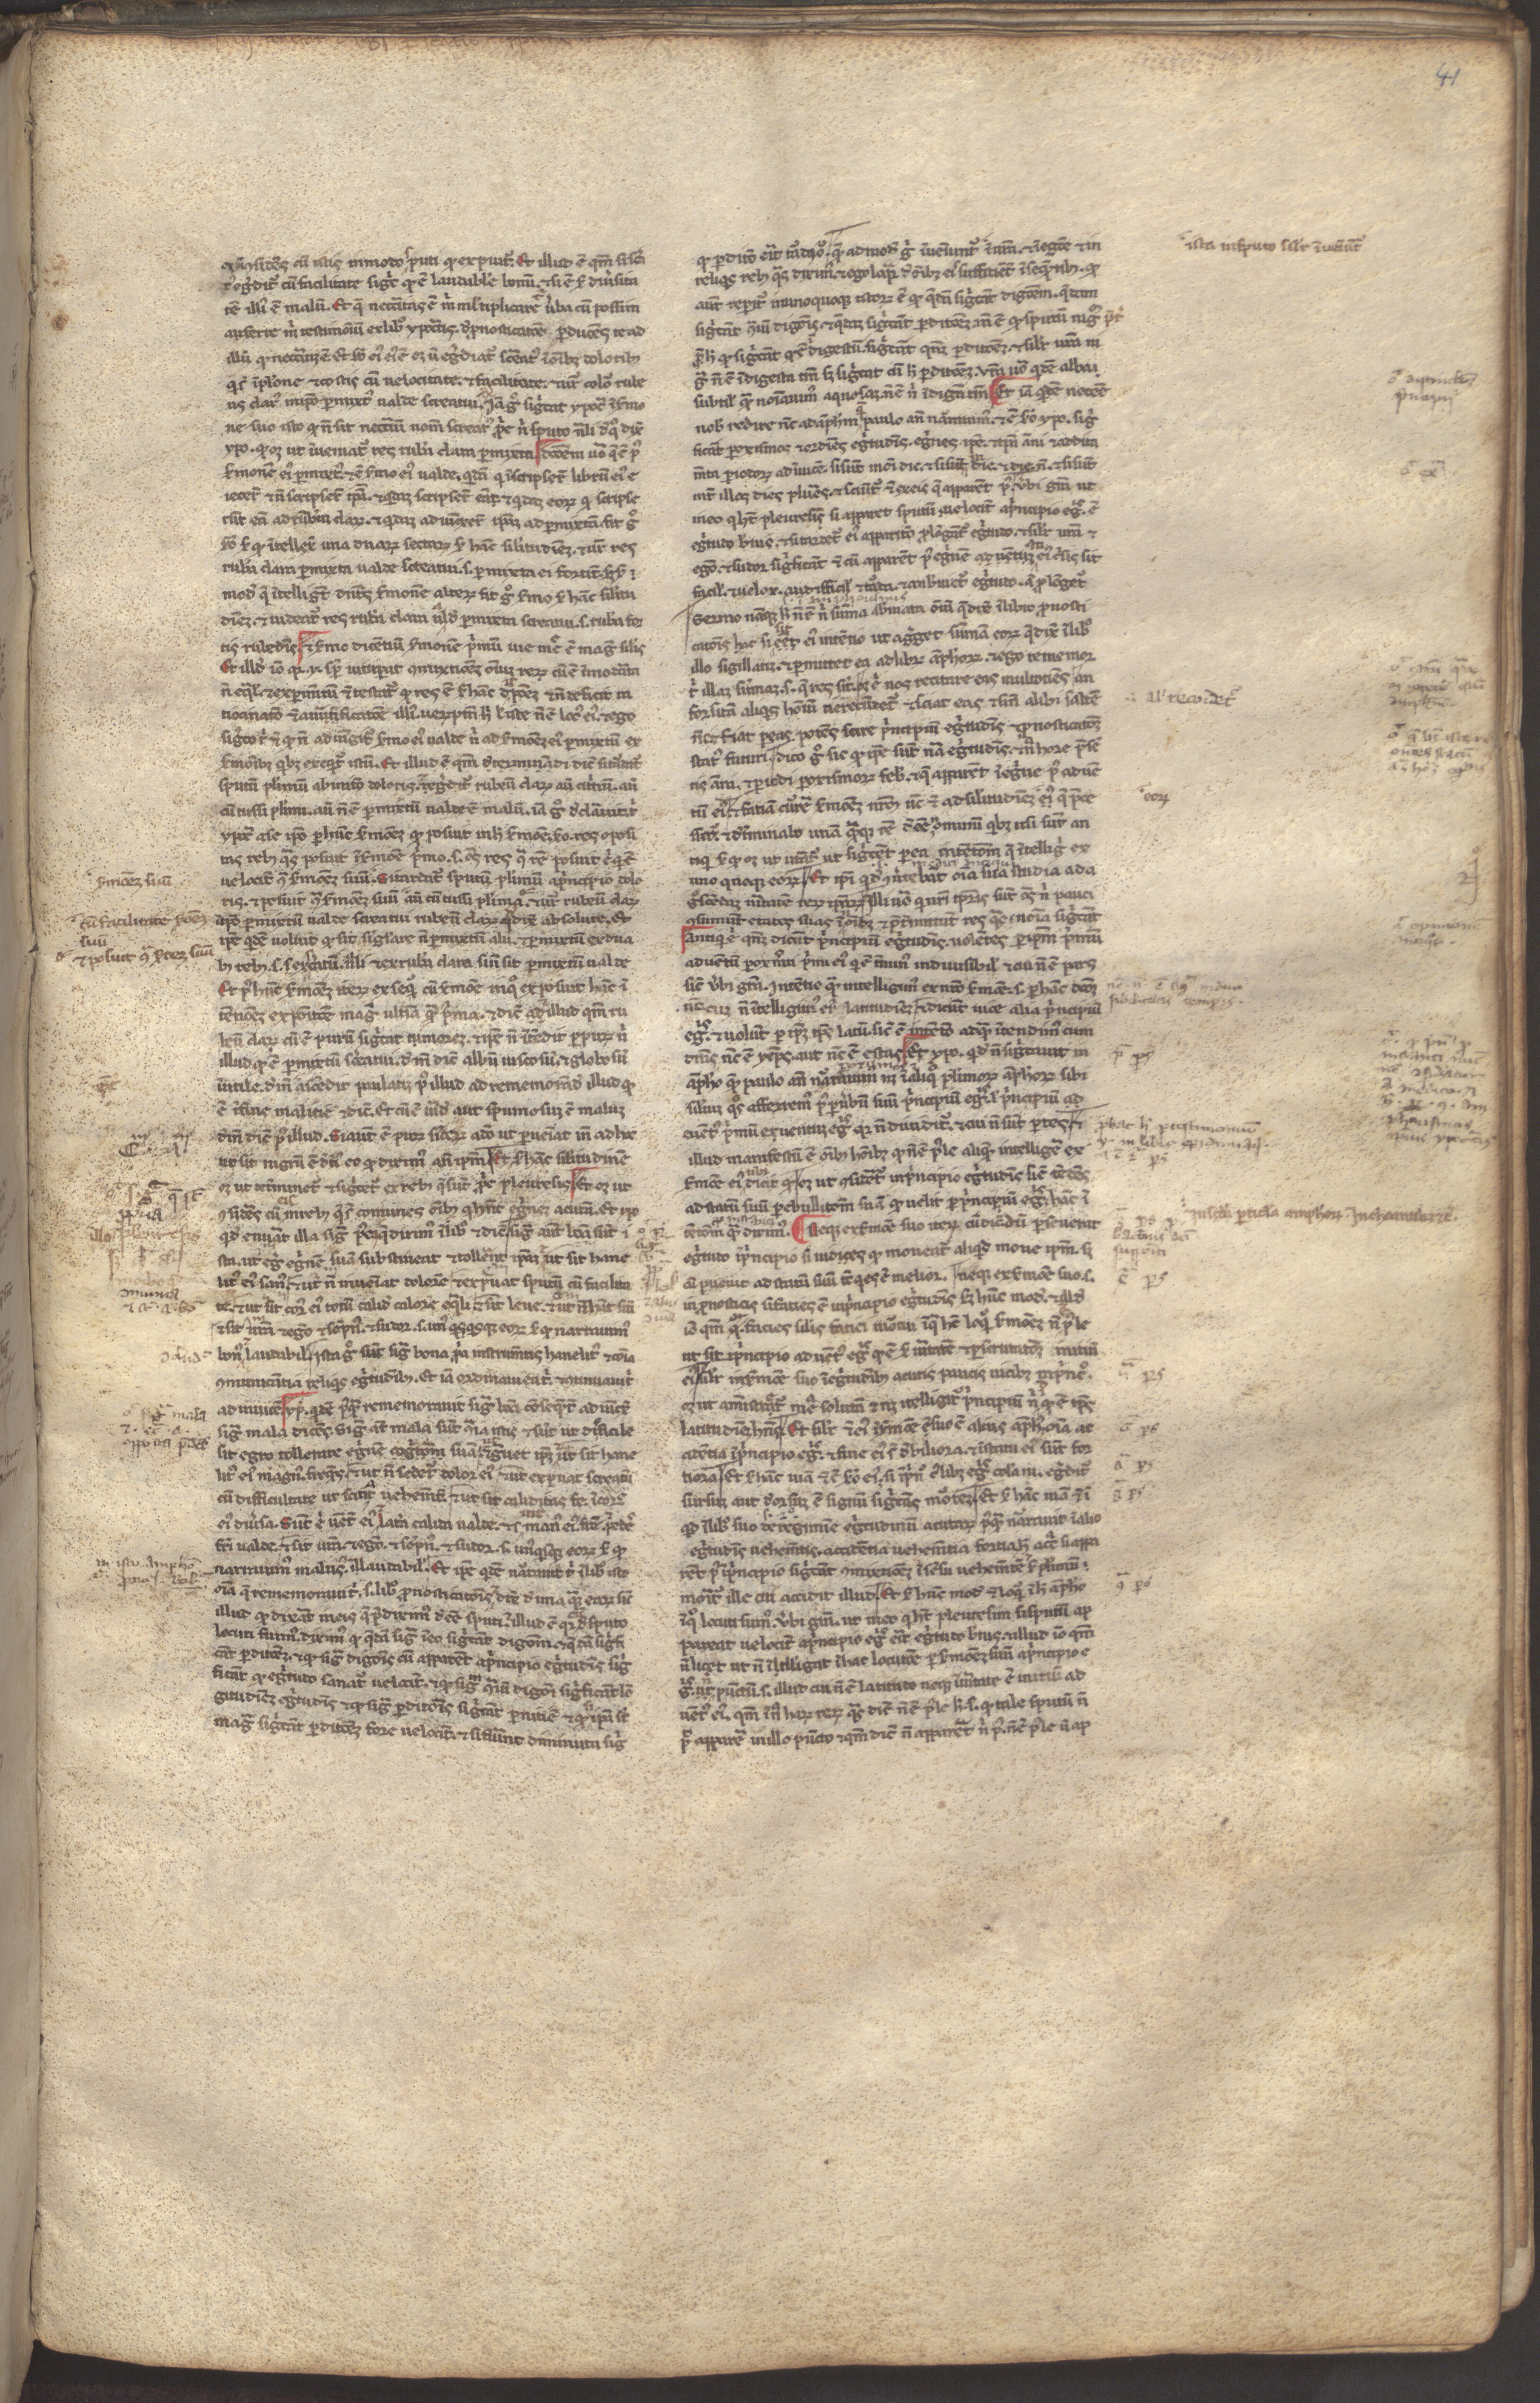
Shelfmark: Munich, Bayerische Staatsbibliothek, CLM 13027
Century: 13